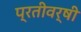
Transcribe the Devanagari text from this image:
प्रतीवर्षी